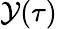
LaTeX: \mathcal{Y}(\tau)